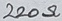
Text: 220Ω